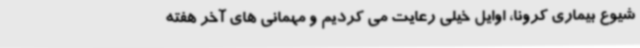
شیوع بیماری کرونا، اوایل خیلی رعایت می کردیم و مهمانی های آخر هفته